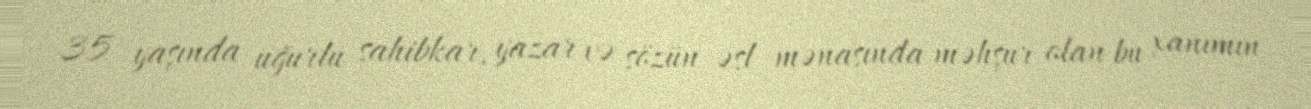
35 yaşında uğurlu sahibkar, yazar və sözün əsl mənasında məhşur olan bu xanımın